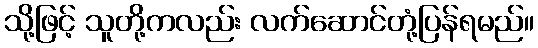
သို့ဖြင့် သူတို့ကလည်း လက်ဆောင်တုံ့ပြန်ရမည်။